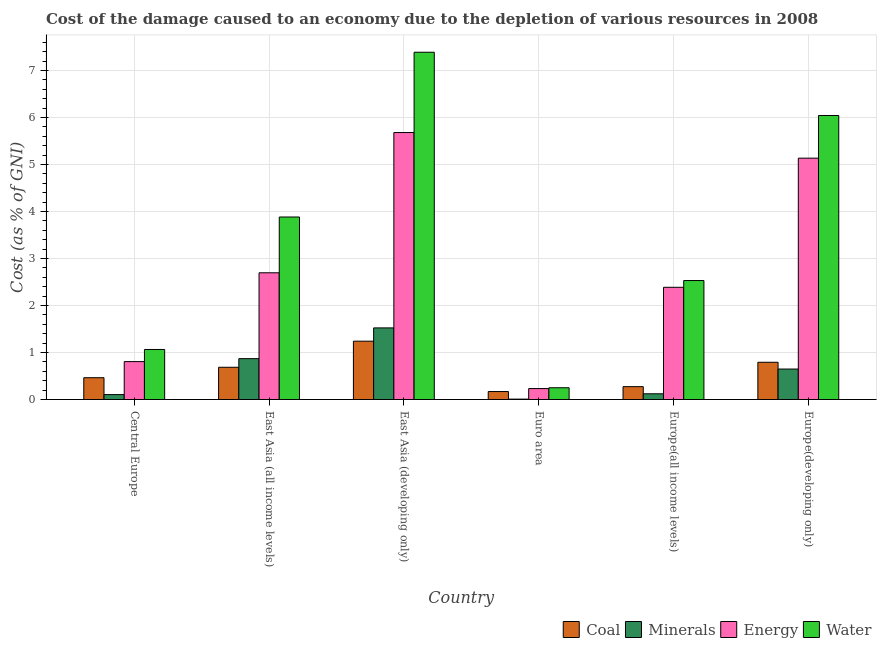
| Country | Coal | Minerals | Energy | Water |
 | --- | --- | --- | --- | --- |
 | Central Europe | 0.464 | 0.105 | 0.807 | 1.06 |
 | East Asia (all income levels) | 0.686 | 0.87 | 2.7 | 3.88 |
 | East Asia (developing only) | 1.24 | 1.52 | 5.68 | 7.39 |
 | Euro area | 0.17 | 0.00843 | 0.233 | 0.25 |
 | Europe(all income levels) | 0.274 | 0.122 | 2.39 | 2.53 |
 | Europe(developing only) | 0.792 | 0.649 | 5.14 | 6.04 |